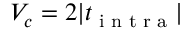
V _ { c } = 2 | t _ { \textrm { i n t r a } } |